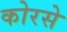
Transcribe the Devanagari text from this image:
कोरसे